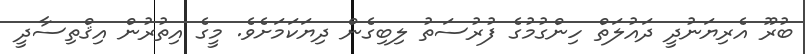
ބުރޫ އެރިޔަނުދީ ދައުލަތް ހިންގުމުގެ ފުރުސަތު ލިބިގެން ދިޔަކަމަށެވެ. މީގެ އިތުރުން އިޤްތިސާދީ